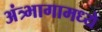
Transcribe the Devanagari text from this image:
अंत्र्भागामध्ये